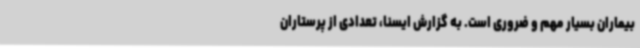
بیماران بسیار مهم و ضروری است. به گزارش ایسنا، تعدادی از پرستاران